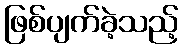
ဖြစ်ပျက်ခဲ့သည့်